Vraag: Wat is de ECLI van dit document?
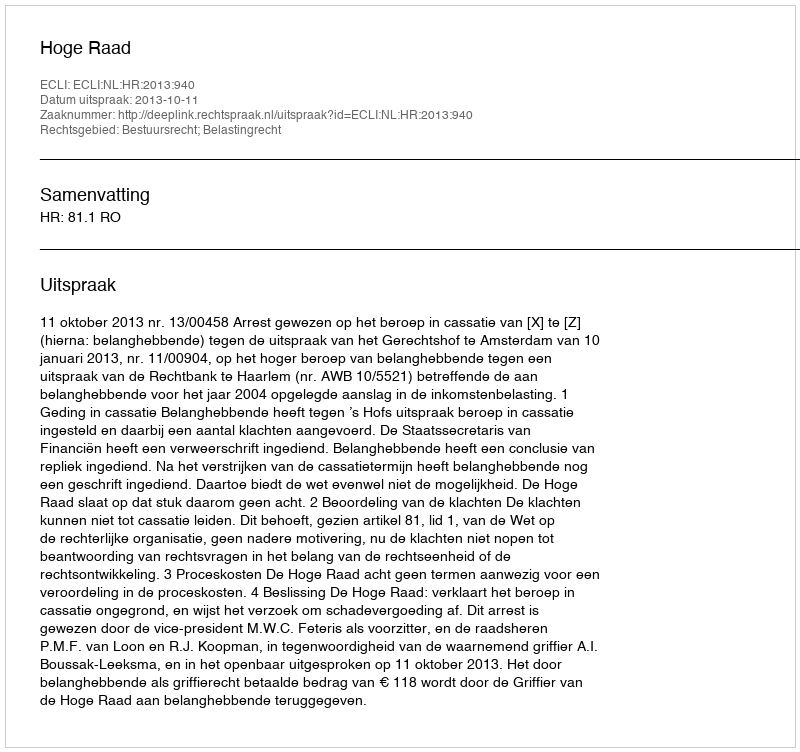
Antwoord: ECLI:NL:HR:2013:940